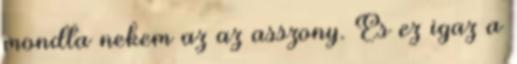
mondta nekem az az asszony. És ez igaz a